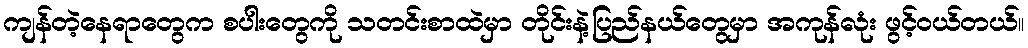
ကျန်တဲ့နေရာတွေက စပါးတွေကို သတင်းစာထဲမှာ တိုင်းနဲ့ပြည်နယ်တွေမှာ အကုန်လုံး ဖွင့်ဝယ်တယ်။